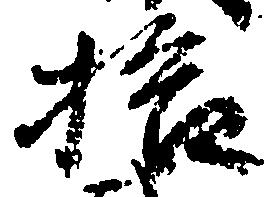
拾